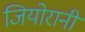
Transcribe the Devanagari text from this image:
जियोरानी